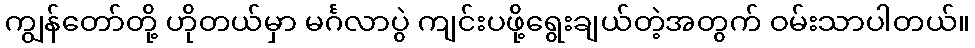
ကျွန်တော်တို့ ဟိုတယ်မှာ မင်္ဂလာပွဲ ကျင်းပဖို့ရွေးချယ်တဲ့အတွက် ဝမ်းသာပါတယ်။